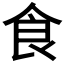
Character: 食